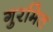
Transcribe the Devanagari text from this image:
गुरमित